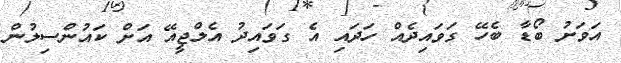
އަވަށު ބޯޑާ ބެހޭ ގަވައިދެއް ހަދައި އެ ގަވައިދު އެލްޖީއޭ އަށް ކައުންސިލުން